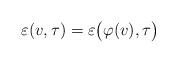
LaTeX: \begin{align*}\varepsilon(v,\tau)=\varepsilon\big(\varphi(v),\tau\big)\end{align*}